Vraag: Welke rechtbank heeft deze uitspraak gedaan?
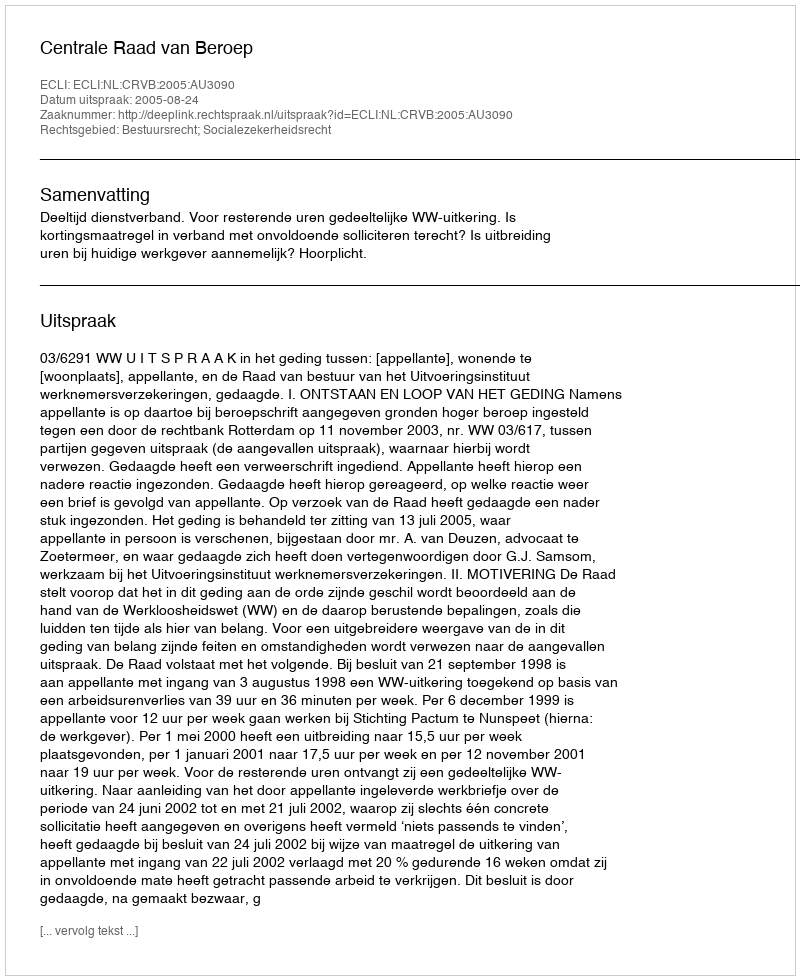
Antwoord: Centrale Raad van Beroep